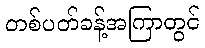
တစ်ပတ်ခန့်အကြာတွင်